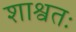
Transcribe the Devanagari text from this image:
शाश्वतः